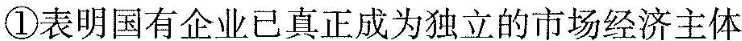
①表明国有企业已真正成为独立的市场经济主体